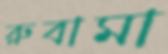
রুবামা